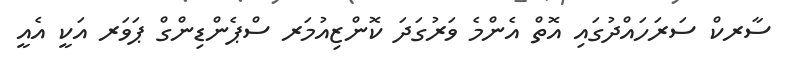
ސާރކް ސަރަހައްދުގައި އޮތް އެންމެ ވަރުގަދަ ކޮންޒިއުމަރ ސްޕެންޑިންގް ޕަވަރ އަކީ އެއީ